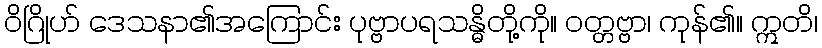
ဝိဂြိုဟ် ဒေသနာ၏အကြောင်း ပုဗ္ဗာပရသန္ဓိတို့ကို။ ဝတ္တဗ္ဗာ၊ ကုန်၏။ ဣတိ၊